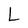
Character: L